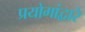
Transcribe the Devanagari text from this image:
प्रयोगांद्वारे